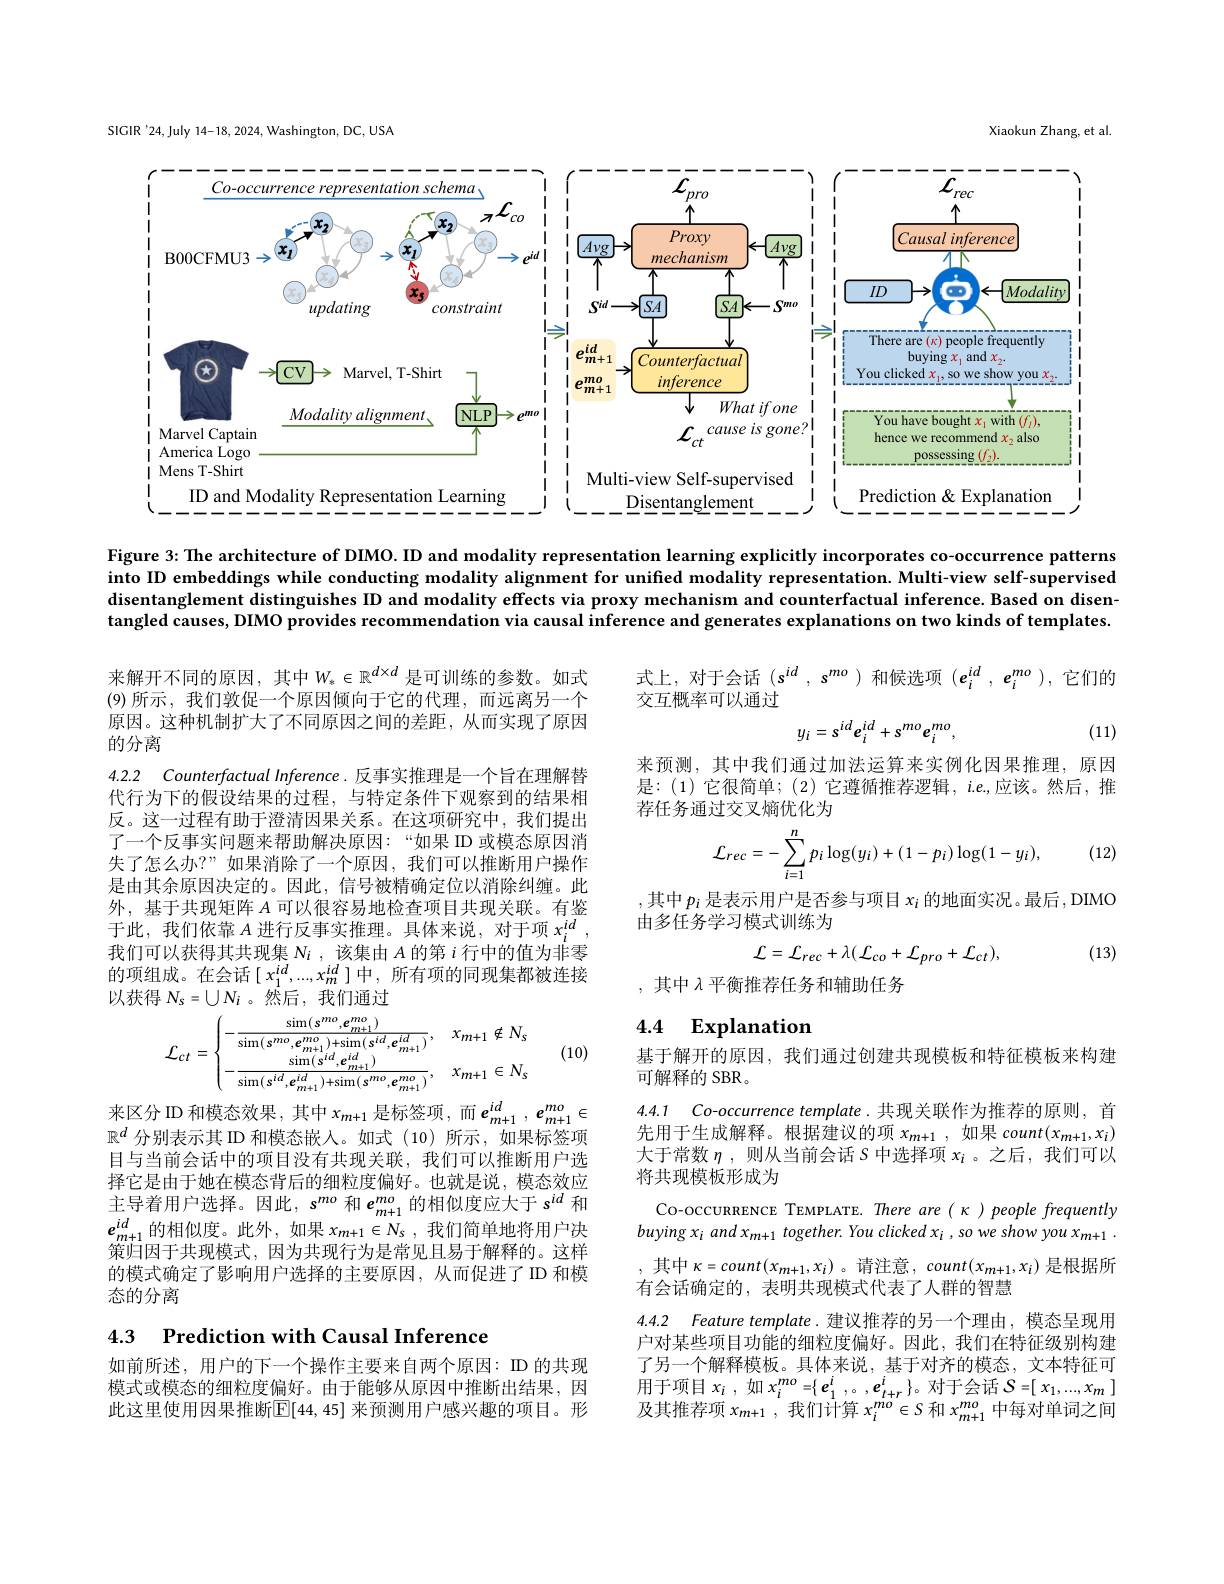
SIGIR '24, July 14-18, 2024, Washington, DC, USA

Xiaokun Zhang, et al

<FigureHere>

Figure 3: The architecture of DIMO. ID and modality representation learning explicitly incorporates co-occurrence patterns into ID embeddings while conducting modality alignment for unified modality representation. Multi-view self-supervised disentanglement distinguishes ID and modality effects via proxy mechanism and counterfactual inference. Based on disentangled causes, DIMO provides recommendation via causal inference and generates explanations on two kinds of templates.

$式上，对于会话(s^{id},s^{mo})和候选项(e_i^{id},e_i^{mo}),它们的$
交互概率可以通过
$$y_{i}=s^{id}e_{i}^{id}+s^{mo}e_{i}^{mo},$$
(11)

来预测，其中我们通过加法运算来实例化因果推理，原因是：(1)它很简单；(2)它遵循推荐逻辑，i.e.,应该。然后，推荐任务通过交叉熵优化为

来解开不同的原因，其中$W_*\in\mathbb{R}^{d\times d}$是可训练的参数。如式(9)所示，我们敦促一个原因倾向于它的代理，而远离另一个原因。这种机制扩大了不同原因之间的差距，从而实现了原因的分离
4.2.2 Counterfactual Inference. 反事实推理是一个旨在理解替代行为下的假设结果的过程，与特定条件下观察到的结果相反。这一过程有助于澄清因果关系。在这项研究中，我们提出了一个反事实问题来帮助解决原因：“如果 ID 或模态原因消失了怎么办？”如果消除了一个原因，我们可以推断用户操作是由其余原因决定的。因此，信号被精确定位以消除纠缠。此外，基于共现矩阵$A$可以很容易地检查项目共现关联。有鉴于此，我们依靠$A$进行反事实推理。具体来说，对于项$x_i^{id}$, 我们可以获得其共现集$N_i$,该集由$A$的第$i$行中的值为非零的项组成。在会话$\left[\begin{array}{c}x_1^{id},...,x_m^{id}\end{array}\right]$中，所有项的同现集都被连接以获得$N_s=\bigcup N_i$ 。然后，我们通过
$$\mathcal{L}_{ct}=\begin{cases}-\frac{\sin(s^{mo},e_{m+1}^{mo})}{\sin(s^{mo},e_{m+1}^{mo})+\sin(s^{id},e_{m+1}^{id})},&x_{m+1}\notin N_{s}\\-\frac{\sin(s^{id},e_{m+1}^{id})}{\sin(s^{id},e_{m+1}^{id})+\sin(s^{mo},e_{m+1}^{mo})},&x_{m+1}\in N_{s}\end{cases}$$
(12)
$$\mathcal{L}_{rec}=-\sum_{i=1}^np_i\log(y_i)+(1-p_i)\log(1-y_i),$$
,其中 $p_i$ 是表示用户是否参与项目 $x_i$ 的地面实况。最后，DIMO
由多任务学习模式训练为
$$\mathcal{L}=\mathcal{L}_{rec}+\lambda(\mathcal{L}_{co}+\mathcal{L}_{pro}+\mathcal{L}_{ct}),$$
(13)

,其中$\lambda$平衡推荐任务和辅助任务

## 4.4 $\mathbf{Explanation}$

来区分 ID 和模态效果，其中$x_m+1$是标签项，而$e_{m+1}^{id},e_{m+1}^{mo}\in$

(10)

基于解开的原因，我们通过创建共现模板和特征模板来构建
可解释的 SBR。

4.4.1 $Co$-occurrence template.共现关联作为推荐的原则，首

先用于生成解释。根据建议的项$x_{m+1}$,如果 count$(x_{m+1},x_i)$ 大于常数$\eta$ ,则从当前会话$S$中选择项$x_i$ 。之后，我们可以将共现模板形成为

$\mathbb{R}^d$分别表示其 ID 和模态嵌人。如式(10)所示，如果标签项目与当前会话中的项目没有共现关联，我们可以推断用户选择它是由于她在模态背后的细粒度偏好。也就是说，模态效应主导着用户选择。因此$,s^mo$和$e_{m+1}^{mo}$的相似度应大于$s^id$和$e_{m+1}^{id}$的相似度。此外，如果 $x_m+1\in N_s$, 我们简单地将用户决策归因于共现模式，因为共现行为是常见且易于解释的。这样的模式确定了影响用户选择的主要原因，从而促进了ID 和模态的分离

Co-occunnencE TEMPLATE. There are( к)people frequently buying $x_i$ and x$_m+1$ together. You clicked x$_i$ , so we show you x$_m+1.$ ,其中$\kappa=count(x_{m+1},x_{i})$。请注意$,count(x_{m+1},x_{i})$是根据所有会话确定的，表明共现模式代表了人群的智慧
4.4.2 Feature template.建议推荐的另一个理由，模态呈现用户对某些项目功能的细粒度偏好。因此，我们在特征级别构建了另一个解释模板。具体来说，基于对齐的模态，文本特征可用 于 项 目 $x_{i}$ , 如 $x_{i}^{mo}= \{ \boldsymbol{e}_{1}^{i}$ ,。$, \boldsymbol{e}_{t+ r}^{i}\}$。对 于 会 话 $\mathcal{S} = [$ $x_{1}, \ldots , x_{m}$ ]

4.3 $\textbf{Prediction with Causal Inference}$

如前所述，用户的下一个操作主要来自两个原因：ID 的共现模式或模态的细粒度偏好。由于能够从原因中推断出结果，因此这里使用因果推断$\overline{\mathbb{E}}[44,45]$ 来预测用户感兴趣的项目。形

及其推荐项$x_{m+1},\bar{\text{我们计算 }x_i}^{mo}\in S$和$x_m+1^{mo}$中每对单词之间